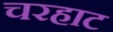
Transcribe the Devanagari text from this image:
चरहाट